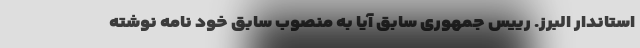
استاندار البرز. رییس جمهوری سابق آیا به منصوب سابق خود نامه نوشته